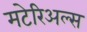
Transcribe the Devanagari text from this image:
मटेरिअल्स